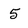
Character: 5